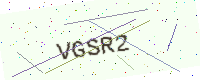
Text: VGSR2